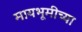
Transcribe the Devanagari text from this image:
मायभूमीच्या